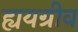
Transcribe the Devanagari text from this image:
ह्ययग्रीव